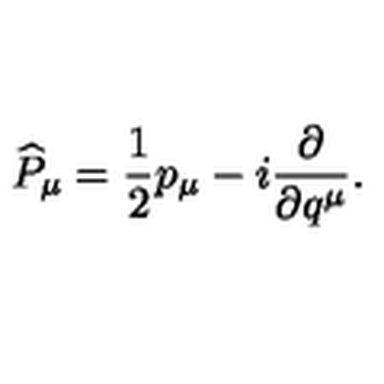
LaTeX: \widehat { P } _ { \mu } = \frac { 1 } { 2 } p _ { \mu } - i \frac { \partial } { \partial q ^ { \mu } } .